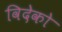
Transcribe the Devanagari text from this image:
विदेको